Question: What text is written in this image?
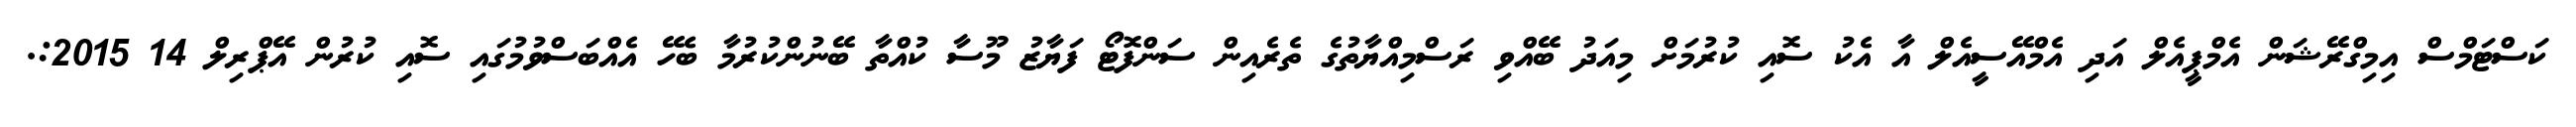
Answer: ކަސްޓަމްސް އިމިގްރޭޝަން އެމްޕީއެލް އަދި އެމްއޭސީއެލް އާ އެކު ސޮއި ކުރުމަށް މިއަދު ބޭއްވި ރަސްމިއްޔާތުގެ ތެރެއިން ސަންފޮޓޯ ފަޔާޒު މޫސާ ކުއްތާ ބޭނުންކުރުމާ ބެހޭ އެއްބަސްވުމުގައި ސޮއި ކުރުން އޭޕްރިލް 14 2015:.